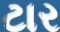
ટાર